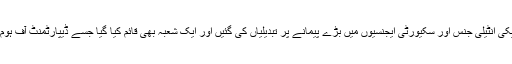
اس کا نتیجہ یہ نکلا کہ امریکی انٹیلی جنس اور سکیورٹی ایجنسیوں میں بڑے پیمانے پر تبدیلیاں کی گئیں اور ایک شعبہ بھی قائم کیا گیا جسے ڈیپارٹمنٹ آف ہوم لینڈ سکیورٹی کا نام دیا گیا۔